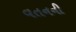
વતનની